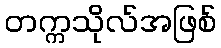
တက္ကသိုလ်အဖြစ်